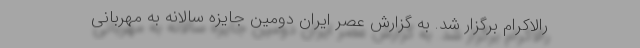
رالاکرام برگزار شد. به گزارش عصر ایران دومین جایزه سالانه به مهربانی